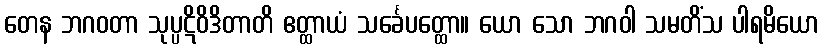
တေန ဘဂဝတာ သုပ္ပဋိဝိဒိတာတိ ဧတ္ထာယံ သင်္ခေပတ္ထော။ ယော သော ဘဂဝါ သမတိံသ ပါရမိယော